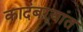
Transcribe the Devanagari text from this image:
कादंबऱ्यांत